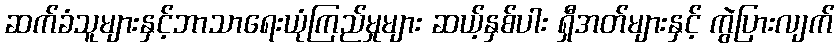
ဆက်ခံသူများနှင့်ဘာသာရေးယုံကြည်မှုများ ဆယ့်နှစ်ပါး ရှီအတ်များနှင့် ကွဲပြားလျက်